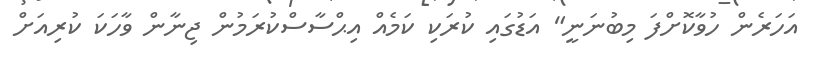
އަހަރެން ހުވާކޮށްފަ މިބުނަނީ" އަޑުގައި ކުރަކި ކަމެއް އިޙްސާސްކުރަމުން ޖިނާން ވާހަކަ ކުރިއަށް